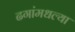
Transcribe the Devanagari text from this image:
ढगांमधल्या